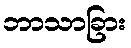
ဘာသာခြား